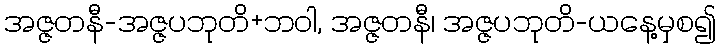
အဇ္ဇတနီ-အဇ္ဇပဘုတိ+ဘဝါ, အဇ္ဇတနီ၊ အဇ္ဇပဘုတိ-ယနေ့မှစ၍